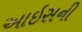
આઇસની